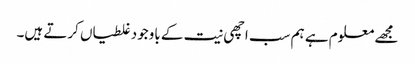
مجھے معلوم ہے ہم سب اچھی نیت کے باوجود غلطیاں کرتے ہیں۔